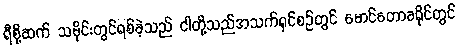
ရီစို့ဆက် သမိုင်းတွင်ရစ်ခဲ့သည် ငါတို့သည်အသက်ရှင်စဉ်တွင် မောင်တောခရိုင်တွင်